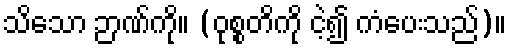
သိသော ဉာဏ်ကို။ (ဝုစ္စတိကို ငဲ့၍ ကံပေးသည်)။